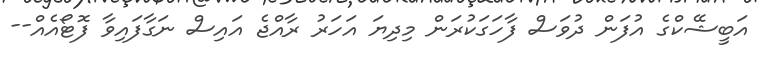
އަބީޝޭކްގެ އުފަން ދުވަސް ފާހަގަކުރަން މިދިޔަ އަހަރު ރާއްޖެ އައިސް ނަގާފައިވާ ފޮޓޯއެއް--